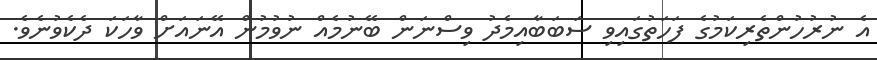
އެ ނުރުހުންތެރިކަމުގެ ފަހަތުގައިވި ސަބަބާއިމެދު ވިސްނަން ބޭނުމެއް ނުވުމުން އޭނައަށް ވާހަކަ ދެކެވުނެވެ.